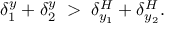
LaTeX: \delta _ { 1 } ^ { y } + \delta _ { 2 } ^ { y } \; > \; \delta _ { y _ { 1 } } ^ { H } + \delta _ { y _ { 2 } } ^ { H } .